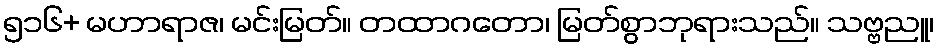
၅၁၆+ မဟာရာဇ၊ မင်းမြတ်။ တထာဂတော၊ မြတ်စွာဘုရားသည်။ သဗ္ဗညူ၊